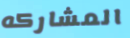
المشاركه